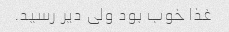
غذا خوب بود ولی دیر رسید.